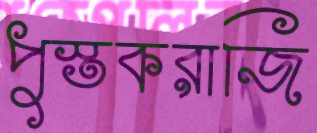
পুস্তকরাজি